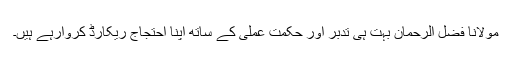
مولانا فضل الرحمان بہت ہی تدبر اور حکمت عملی کے ساتھ اپنا احتجاج ریکارڈ کروارہے ہیں۔